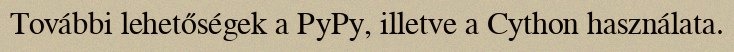
További lehetőségek a PyPy, illetve a Cython használata.